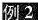
例2